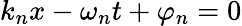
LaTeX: k_{n}x-\omega_{n}t+\varphi_{n}=0